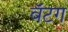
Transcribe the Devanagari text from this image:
वॅटग